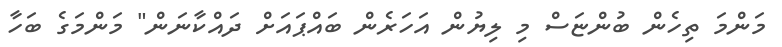
މަންމަ ތިހެން ބުންޏަސް މި ލިޔުން އަހަރެން ބައްޕައަށް ދައްކާނަން" މަންމަގެ ބަހާ